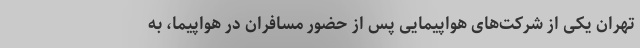
تهران یکی از شرکت‌های هواپیمایی پس از حضور مسافران در هواپیما، به